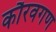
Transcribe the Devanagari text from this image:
कौरवगण